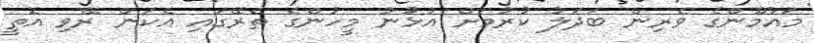
މައުމޫންގެ ވެރިން ބަދަލު ކުރުމަށް އުޅުނު މީހުންގެ ތެރޭގައި އެކަން ރޭވި އޮތީ